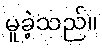
မူခဲ့သည်။